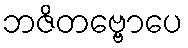
ဘဇိတဗ္ဗောပေ